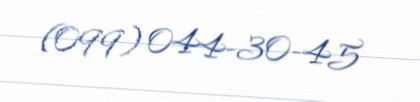
(099) 044-30-45